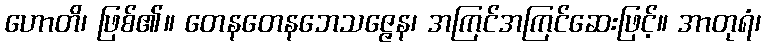
ဟောတိ၊ ဖြစ်၏။ တေနတေနဘေသဇ္ဇေန၊ အကြင်အကြင်ဆေးဖြင့်။ အာတုရံ၊